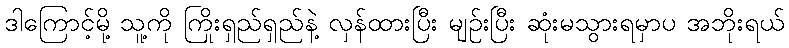
ဒါကြောင့်မို့ သူ့ကို ကြိုးရှည်ရှည်နဲ့ လှန်ထားပြီး မျဉ်းပြီး ဆုံးမသွားရမှာပ အဘိုးရယ်